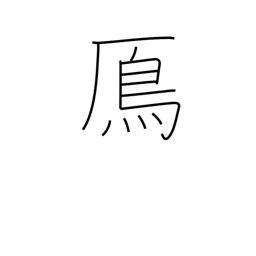
Meaning: wild goose